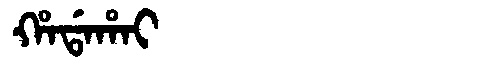
Manchu: ᡥᠠᡩᠠᡥᠠᡳ
Romanization: HADAHAI